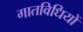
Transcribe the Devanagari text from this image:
गातविधियों